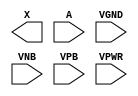
module sky130_fd_sc_hd__probe_p (
    X   ,
    A   ,
    VGND,
    VNB ,
    VPB ,
    VPWR
);

    output X   ;
    input  A   ;
    input  VGND;
    input  VNB ;
    input  VPB ;
    input  VPWR;
endmodule